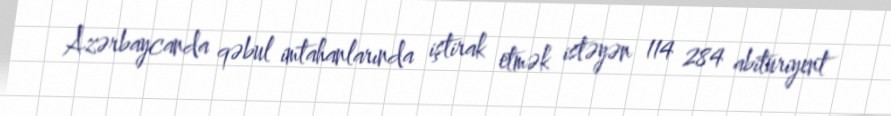
Azərbaycanda qəbul imtahanlarında iştirak etmək istəyən 114 284 abituriyent